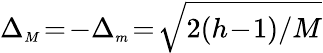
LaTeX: \Delta_{{\scriptscriptstyle M}}\! =\! -\Delta_{{\scriptscriptstyle m}}\! =\! \sqrt{2(h\! -\! 1)/M}